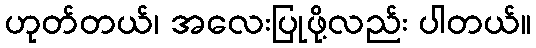
ဟုတ်တယ်၊ အလေးပြုဖို့လည်း ပါတယ်။